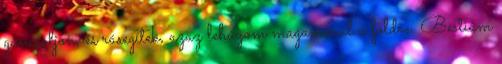
gáncsoljon, és rásegítek, azaz lehúzom magammal a földre. Bestiám